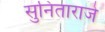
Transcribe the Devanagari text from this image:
सुनिताराजे